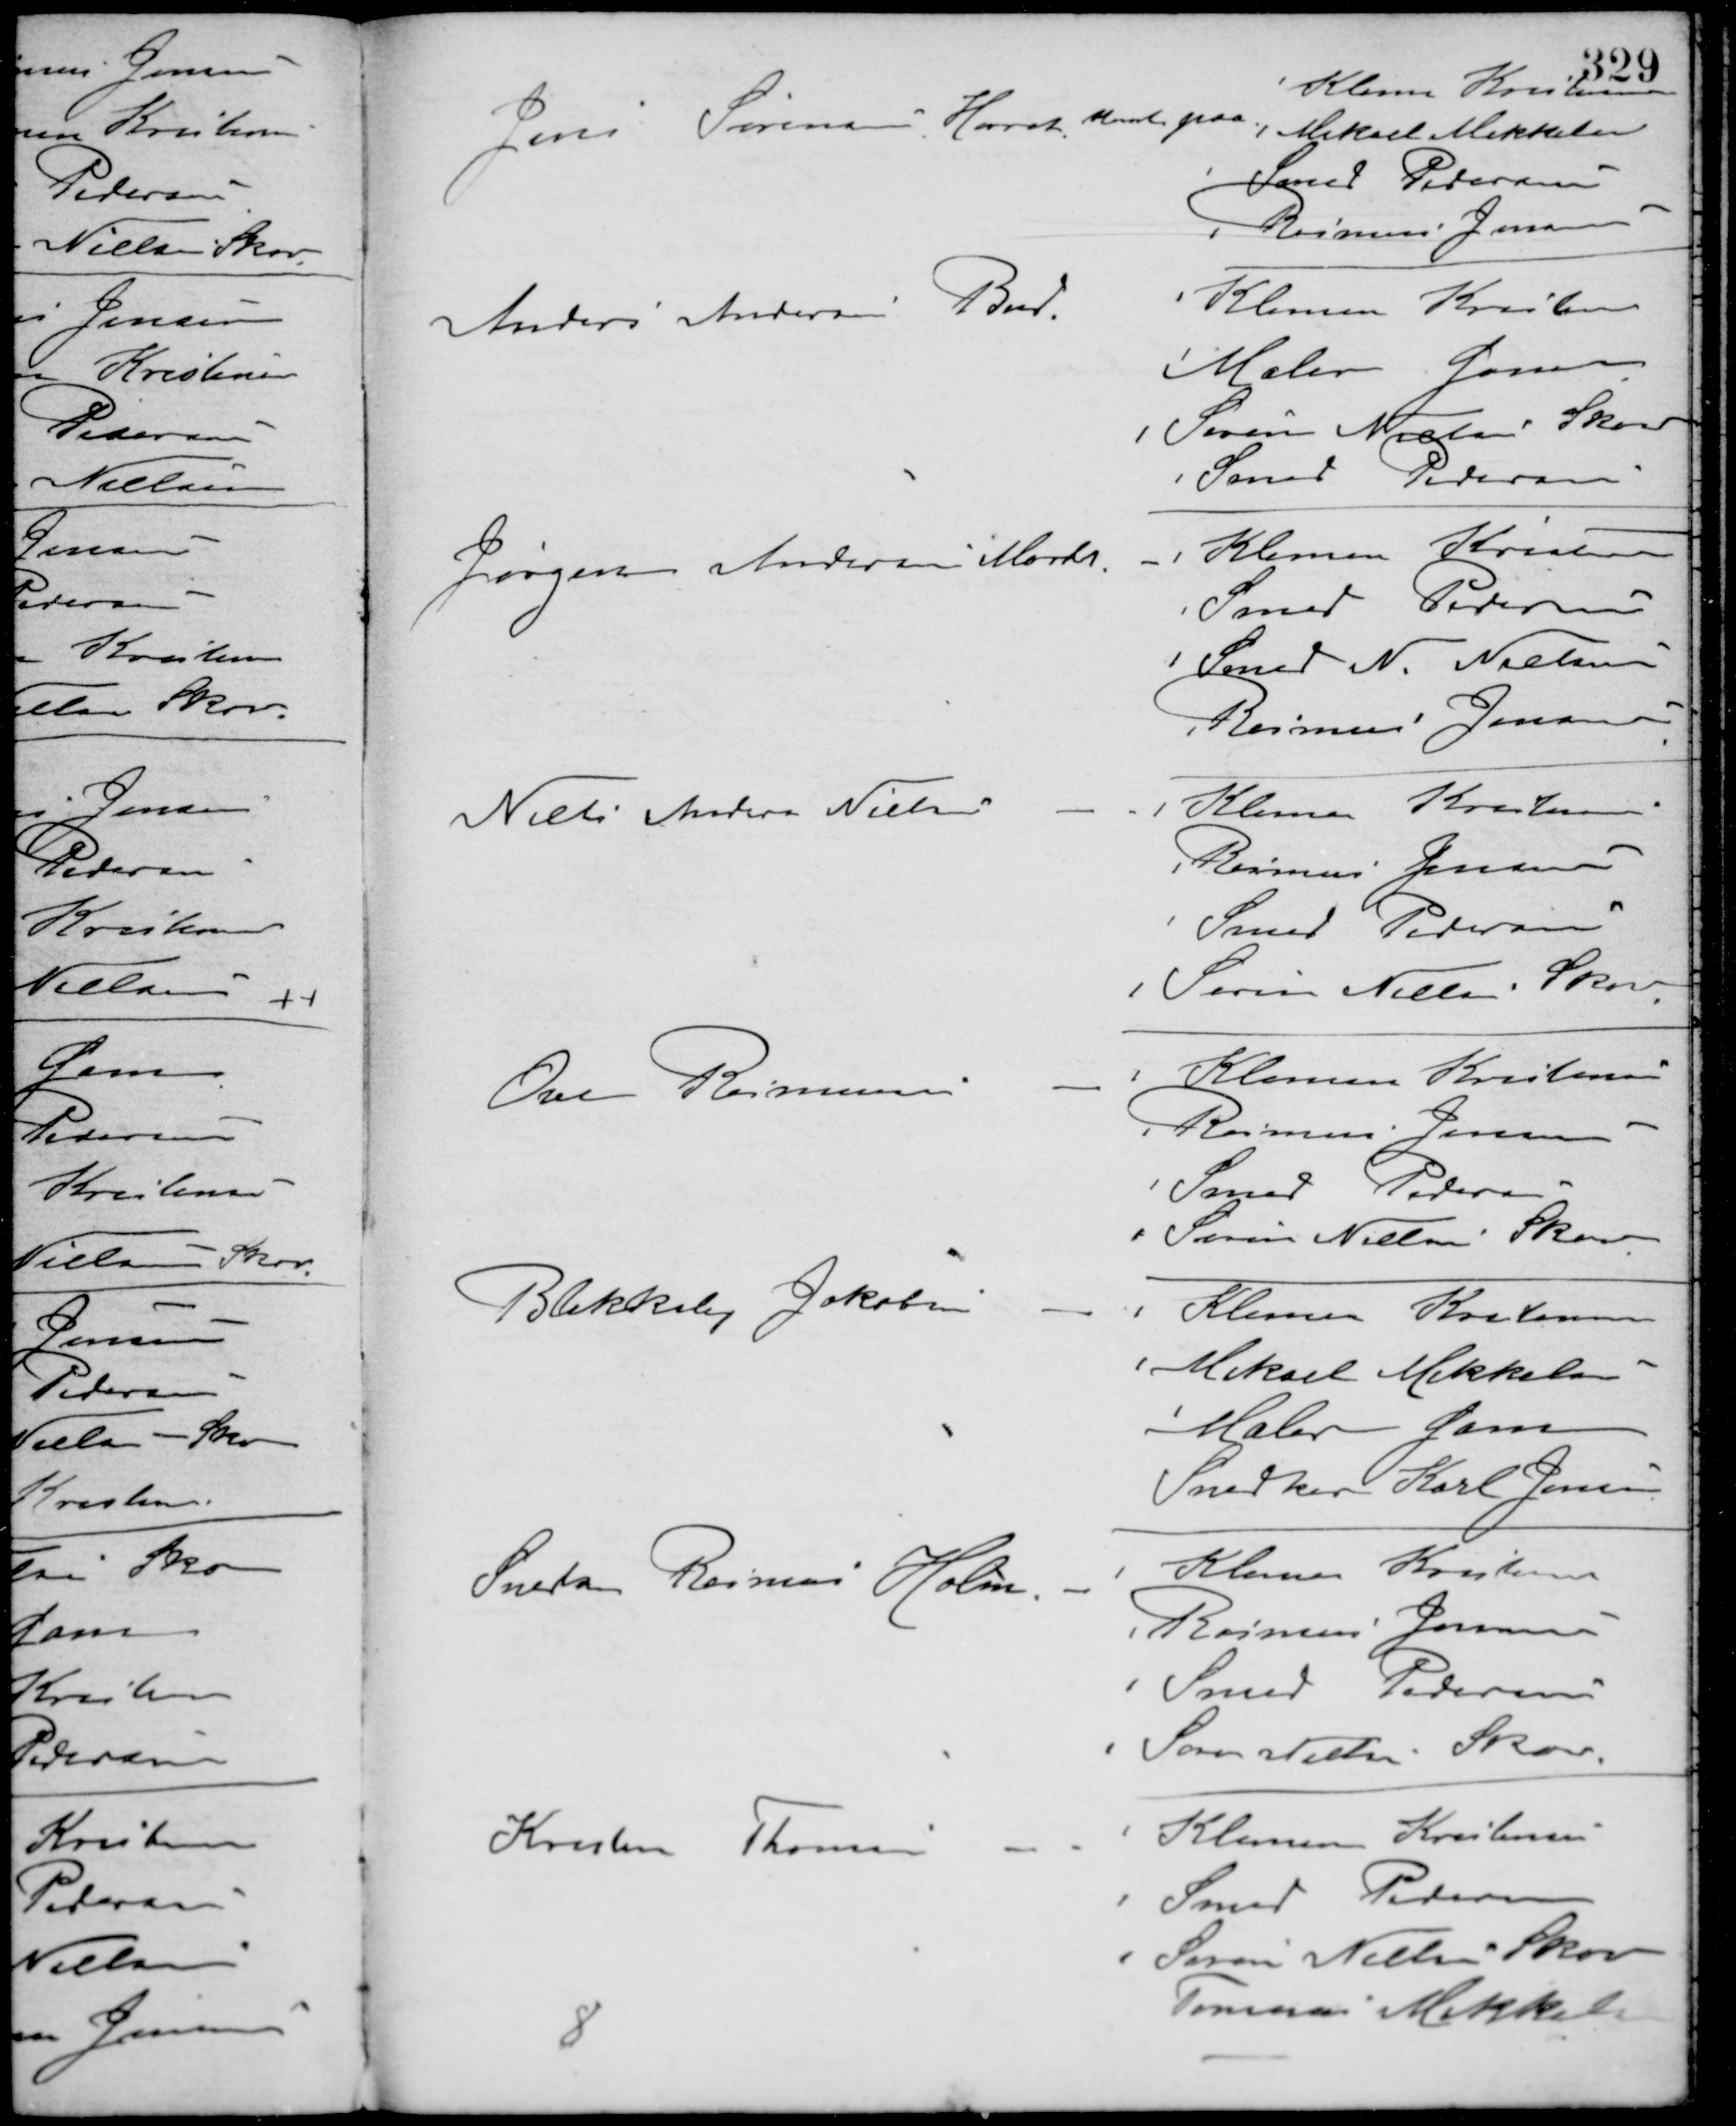
Transskription:
Jens Søren Hansen stemte paa

Klemen Kristensen
Mikael Mikkelsen
Smed Pedersen
Rasmus Jensen

Anders Andersen Bud

Klemen Kristensen
Maler Gam
Søren Nielsen Skov
Smed Pedersen

Jørgen Andersen Mards -

Klemen Kristensen
Smed Pedersen
Smed N. Nielsen
Rasmus Jensen

Niels Anders Nielsen -

Klemen Kristensen
Rasmus Jensen
Smed Pedersen
Søren Nielsen Skov

Ove Rasmussen -

Klemen Kristensen
Rasmus Jensen
Smed Pedersen
Søren Nielsen Skov

Blakkeby Jakobsen -

Klemen Kristensen
Mikael Mikkelsen
Maler Gam
Snedker Karl Jensen

Snedker Rasmus Holm -

Klemen Kristensen
Rasmus Jensen
Smed Pedersen
Søren Nielsen Skov

Kresten Thomsen -

Klemen Kristensen
Smed Pedersen
Søren Nielsen Skov
Tommas Mikkelsen

8